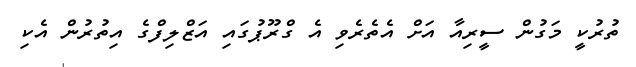
ތުރުކީ މަގުން ސީރިއާ އަށް އެތެރެވި އެ ގްރޫޕުގައި އަޒްލިފްގެ އިތުރުން އެކި